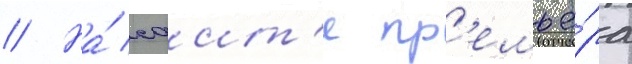
// На́ саит'е пр'емье́ра